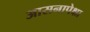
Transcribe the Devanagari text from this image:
आसनापेक्षा